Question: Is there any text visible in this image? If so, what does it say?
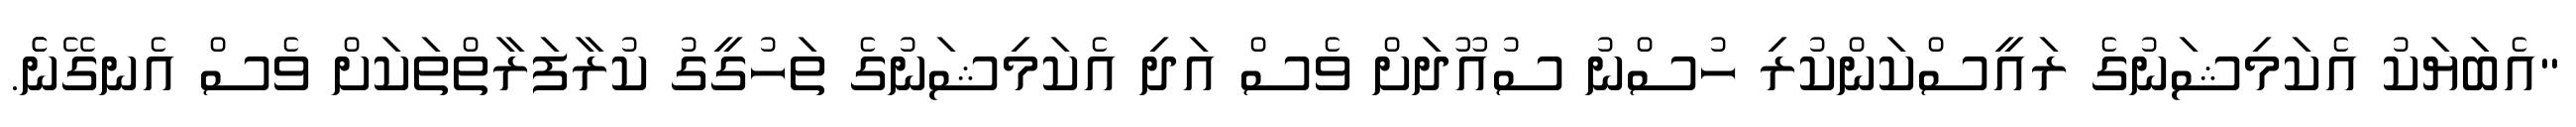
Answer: "އެބަޔަކު އެކަމިޝަނުގެ ރައީސްކަންކުރި ހުސްނު ސުއޫދަށް ވެސް އަދި އެކަމިޝަނުގެ ތަހުގީގު ކުރާފަރާތްތަކަށް ވެސް އެނގޭނެެ.